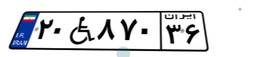
۹۰W۴۷۷۰۶